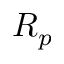
R _ { p }